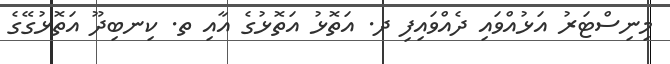
މިނިސްޓަރު އަޅުއްވައި ދެއްވައިފި ދ. އަތޮޅު އަތޮޅުގެ އާއި ތ. ކިނބިދޫ އަތޮޅުގޭގެ